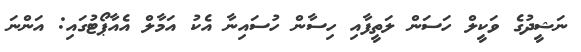
ނަޝީދުގެ ވަކީލް ހަސަން ލަތީފާއި ހިސާން ހުސައިނާ އެކު އަމާލް އެއާޕޯޓުގައި: އަންނަ